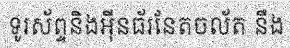
ទូរស័ព្ទនិងអ៊ីនធ័រនែតចល័ត នឹង